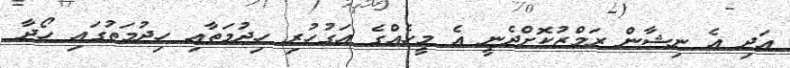
އަދި އެ ނިޝާން ރަމްޒުކޮށްދެނީ އެ މީހެއްގެ އަގުހުރި ހިދުމަތާއި ހިދުމަތުގައި ހޯދާ